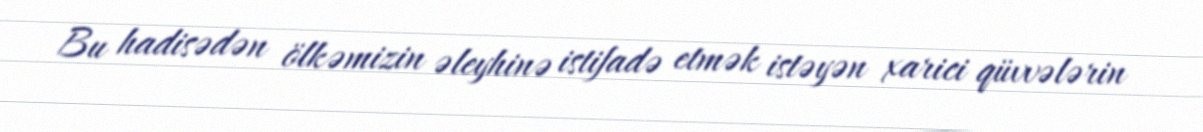
Bu hadisədən ölkəmizin əleyhinə istifadə etmək istəyən xarici qüvvələrin